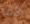
الأمر